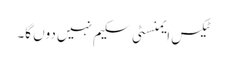
ٹیکس ایمنسٹی سکیم نہیں دوں گا۔